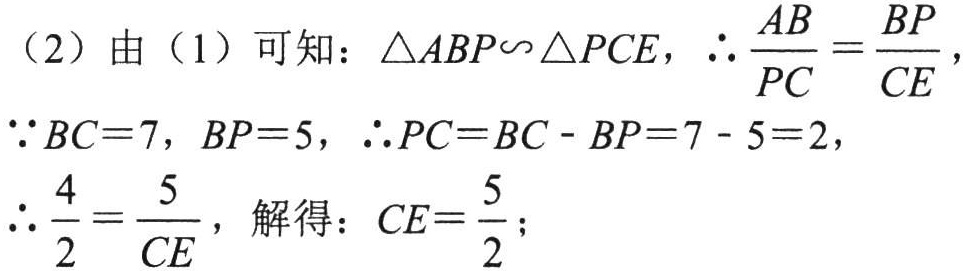
（2）由（1）可知：$\triangle ABP\sim \triangle PCE$，$\therefore \dfrac{AB}{PC}=\dfrac{BP}{CE}$，

$\because BC = 7$，$BP = 5$，$\therefore PC=BC - BP=7 - 5 = 2$，

$\therefore \dfrac{4}{2}=\dfrac{5}{CE}$，解得：$CE=\dfrac{5}{2}$；